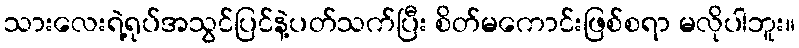
သားလေးရဲ့ရုပ်အသွင်ပြင်နဲ့ပတ်သက်ပြီး စိတ်မကောင်းဖြစ်စရာ မလိုပါဘူး။